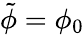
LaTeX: \tilde{\phi}=\phi_{0}